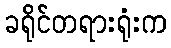
ခရိုင်တရားရုံးက